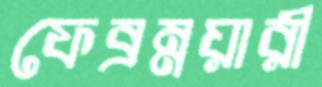
ফেব্রম্নয়ারী